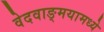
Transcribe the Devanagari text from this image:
वेदवाङ्मयामध्ये